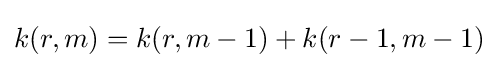
k(r,m)=k(r,m-1)+k(r-1,m-1)